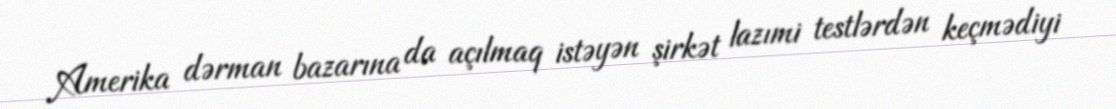
Amerika dərman bazarına da açılmaq istəyən şirkət lazımi testlərdən keçmədiyi